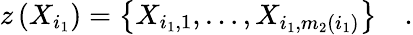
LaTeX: z\left(X_{i_{1}}\right)=\left\{ X_{i_{1},1},\ldots,X_{i_{1},m_{2}\left(i_{1}\right)}\right\} \quad.